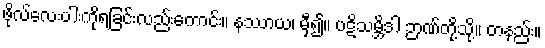
ဖိုလ်လေးပါးကိုရခြင်းလည်းကောင်း။ နဿာယ၊ မှီ၍။ ပဋိသမ္ဘိဒါ ဉာဏ်တို့သို့။ တနည်း။